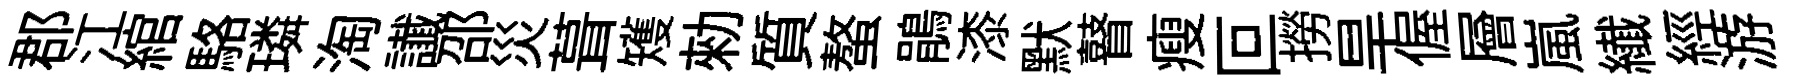
郡江綰駱璘淘䜟邵災葺矱勑質螯鵑漆默瞽瘦叵撈旱偓層嵐纎經游